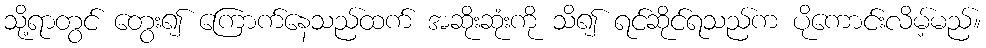
သို့ရာတွင် တွေး၍ ကြောက်နေသည်ထက် အဆိုးဆုံးကို သိ၍ ရင်ဆိုင်ရသည်က ပိုကောင်းလိမ့်မည်။